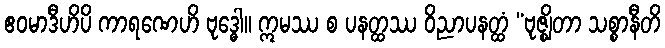
ဧဝမာဒီဟိပိ ကာရဏေဟိ ဗုဒ္ဓေါ။ ဣမဿ စ ပနတ္ထဿ ဝိညာပနတ္ထံ “ဗုဇ္ဈိတာ သစ္စာနီတိ